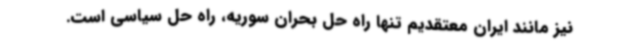
نیز مانند ایران معتقدیم تنها راه حل بحران سوریه، راه حل سیاسی است.